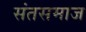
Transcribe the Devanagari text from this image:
संतसमाज